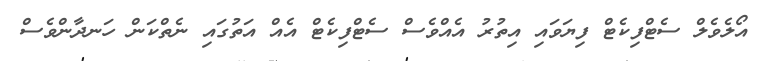
އޯލެެވެލް ސެޓްފިކެޓް ފިޔަވައި އިތުރު އެއްވެސް ސެޓްފިކެޓް އެއް އަތުގައި ނެތްކަން ހަނދާންވެސް